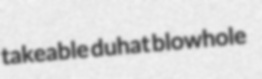
takeable duhat blowhole